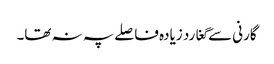
گارنی سے گغارد زیادہ فاصلے پہ نہ تھا۔